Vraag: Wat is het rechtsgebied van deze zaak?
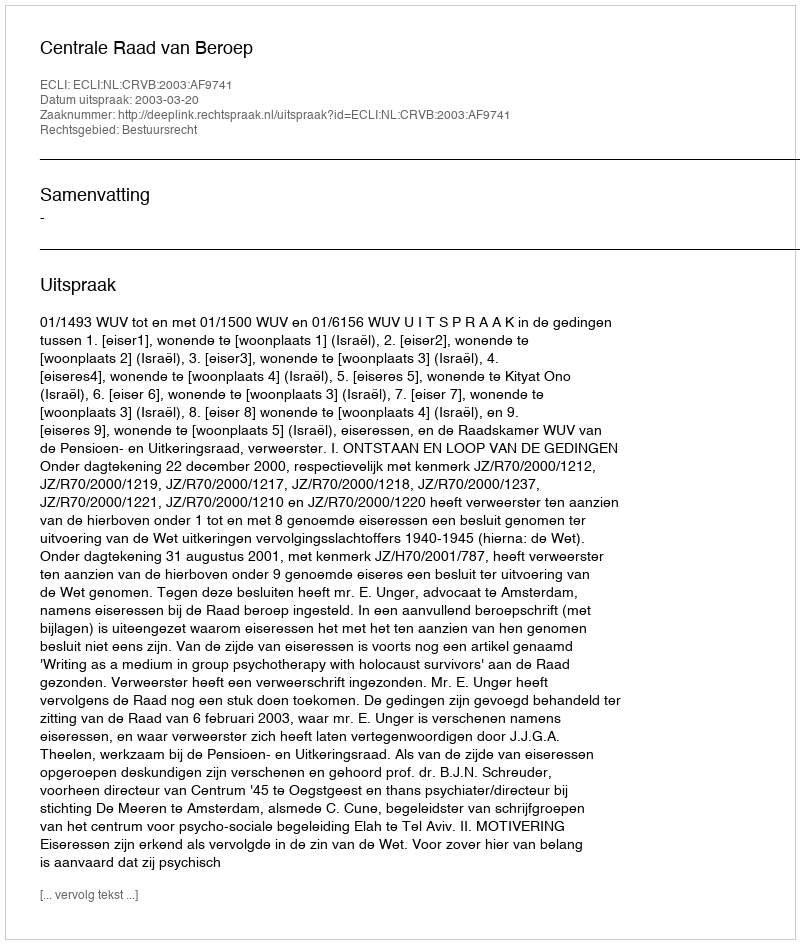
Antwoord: Bestuursrecht